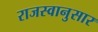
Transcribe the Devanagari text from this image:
राजस्वानुसार